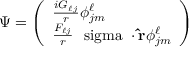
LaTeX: \Psi = \left( \begin{array} { l } { { { \frac { i G _ { \ell j } } { r } } \phi _ { j m } ^ { \ell } } } \\ { { { \frac { F _ { \ell j } } { r } } { { \mathrm { \boldmath ~ \ s i g m a ~ } } \cdot { \bf { \hat { r } } } } \phi _ { j m } ^ { \ell } } } \end{array} \right)